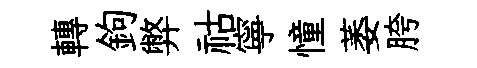
轉鉤弊祜寧憧萎胯